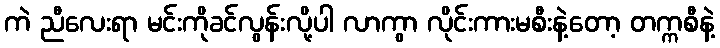
ကဲ ညီလေးရာ မင်းကိုခင်လွန်းလို့ပါ လာကွာ လိုင်းကားမစီးနဲ့တော့ တက္ကစီနဲ့